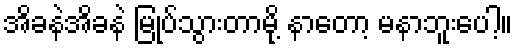
အိခနဲအိခနဲ မြုပ်သွားတာမို့ နာတော့ မနာဘူးပေါ့။